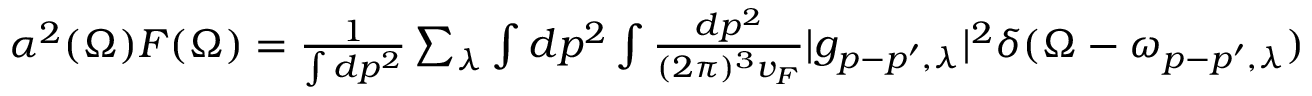
\begin{array} { r } { \alpha ^ { 2 } ( \Omega ) F ( \Omega ) = \frac { 1 } { \int { d p ^ { 2 } } } \sum _ { \lambda } \int d p ^ { 2 } \int \frac { d p ^ { 2 } } { ( 2 \pi ) ^ { 3 } v _ { F } } | g _ { p - p ^ { \prime } , \lambda } | ^ { 2 } \delta ( \Omega - \omega _ { p - p ^ { \prime } , \lambda } ) } \end{array}